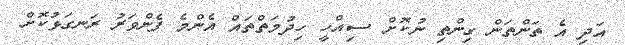
އަދި އެ ތަންތަން ގިންތި ނުކޮށް ސިއްހީ ހިދުމަތްތައް އެންމެ ފެންވަރު ރަނގަޅުކޮށް